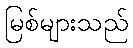
မြစ်များသည်